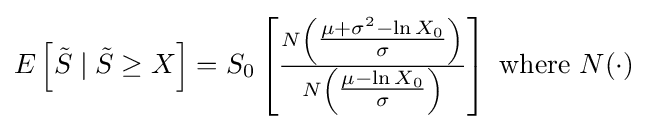
E\left[{\tilde {S}}\mid {\tilde {S}}\geq X\right]=S_{0}\left[{\tfrac {N\left({\tfrac {\mu +\sigma ^{2}-\ln X_{0}}{\sigma }}\right)}{N\left({\tfrac {\mu -\ln X_{0}}{\sigma }}\right)}}\right]{\text{ where }}N(\cdot )